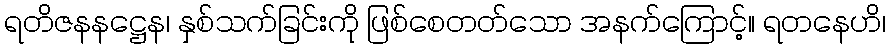
ရတိဇနနဋ္ဌေန၊ နှစ်သက်ခြင်းကို ဖြစ်စေတတ်သော အနက်ကြောင့်။ ရတနေဟိ၊